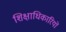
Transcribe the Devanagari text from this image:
शिक्षाधिकारियों